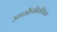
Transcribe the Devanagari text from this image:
उत्तरऔपनिवेशिक